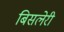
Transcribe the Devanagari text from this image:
बिसलेरी